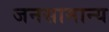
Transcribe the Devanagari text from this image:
जनसामान्‍य